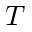
T